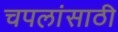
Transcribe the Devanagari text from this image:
चपलांसाठी